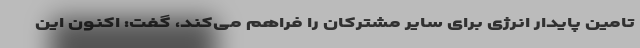
تامین پایدار انرژی برای سایر مشترکان را فراهم می‌کند، گفت: اکنون این